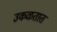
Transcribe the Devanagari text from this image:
उकळतात